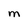
Character: m